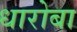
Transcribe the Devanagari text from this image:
धारोबा